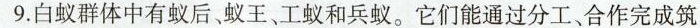
9. 白蚁群体中有蚁后蚁王、工蚁和兵蚁。它们能通过分工合作完成筑